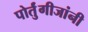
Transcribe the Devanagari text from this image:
पोर्तुंगीजांनी